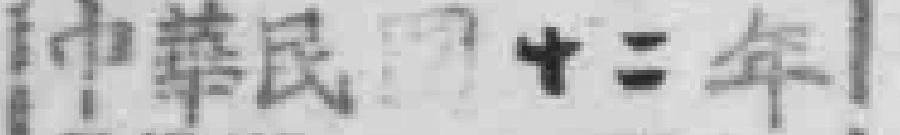
中華民*十二年